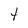
Character: t